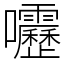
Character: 𫭁